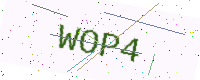
Text: WOP4